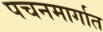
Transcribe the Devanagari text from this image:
पचनमार्गात